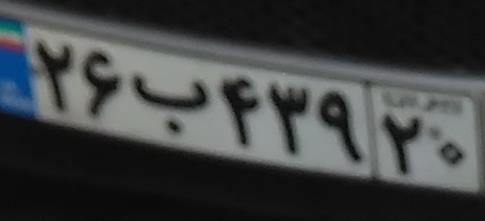
۲۶ب۴۳۹۲۰